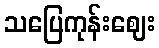
သပြေကုန်းဈေး